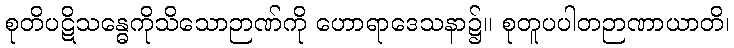
စုတိပဋိသန္ဓေကိုသိသောဉာဏ်ကို ဟောရာဒေသနာ၌။ စုတူပပါတဉာဏာယာတိ၊